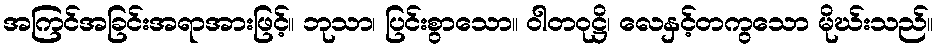
အကြင်အခြင်းအရာအားဖြင့်။ ဘုသာ၊ ပြင်းစွာသော။ ဝါတဝုဋ္ဌိ၊ လေနှင့်တကွသော မိုဃ်းသည်။